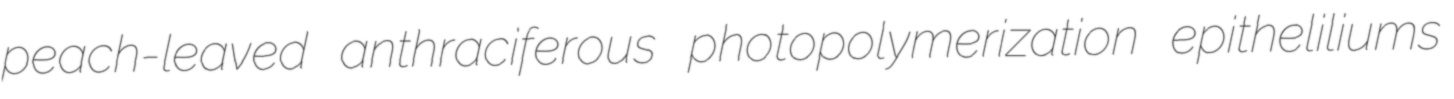
peach-leaved anthraciferous photopolymerization epitheliliums